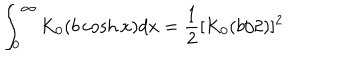
\int _ { 0 } ^ { \infty } K _ { 0 } ( b \cosh x ) d x = \frac { 1 } { 2 } [ K _ { 0 } ( b / 2 ) ] ^ { 2 }